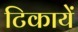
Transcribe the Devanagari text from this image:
टिकायें